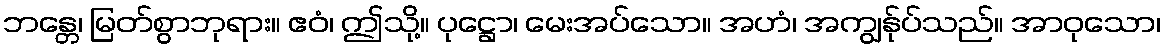
ဘန္တေ၊ မြတ်စွာဘုရား။ ဧဝံ၊ ဤသို့။ ပုဋ္ဌော၊ မေးအပ်သော။ အဟံ၊ အကျွန်ုပ်သည်။ အာဝုသော၊